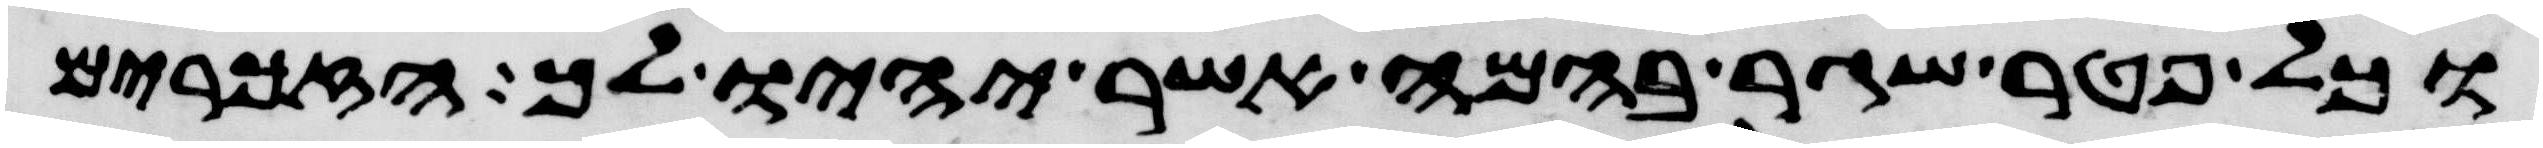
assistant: וכל פטר שגר בהמה אשר יהיו לך הזכרים